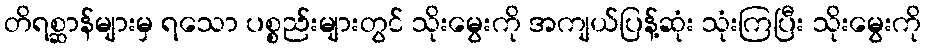
တိရစ္ဆာန်များမှ ရသော ပစ္စည်းများတွင် သိုးမွေးကို အကျယ်ပြန့်ဆုံး သုံးကြပြီး သိုးမွေးကို